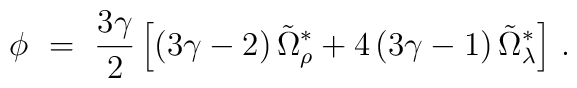
\phi  \ = \  \frac{3\gamma}{2}\left[ \left(3\gamma-2\right)\tilde{\Omega}^\ast_\rho+4\left(3\gamma-1\right)\tilde{\Omega}^\ast_\lambda\right] \,.